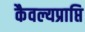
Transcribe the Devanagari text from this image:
कैवल्यप्राप्ति